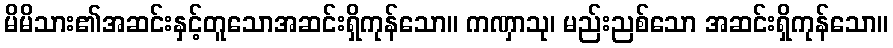
မိမိသား၏အဆင်းနှင့်တူသောအဆင်းရှိကုန်သော။ ကဏှာသု၊ မည်းညစ်သော အဆင်းရှိကုန်သော။